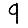
Digit: 9